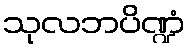
သုလဘပိဏ္ဍံ